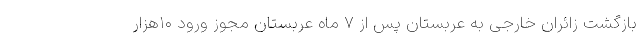
بازگشت زائران خارجی به عربستان پس از ۷ ماه عربستان مجوز ورود ۱۰هزار